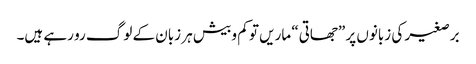
برصغیر کی زبانوں پر ”جھاتی“ ماریں تو کم و بیش ہر زبان کے لوگ رو رہے ہیں۔